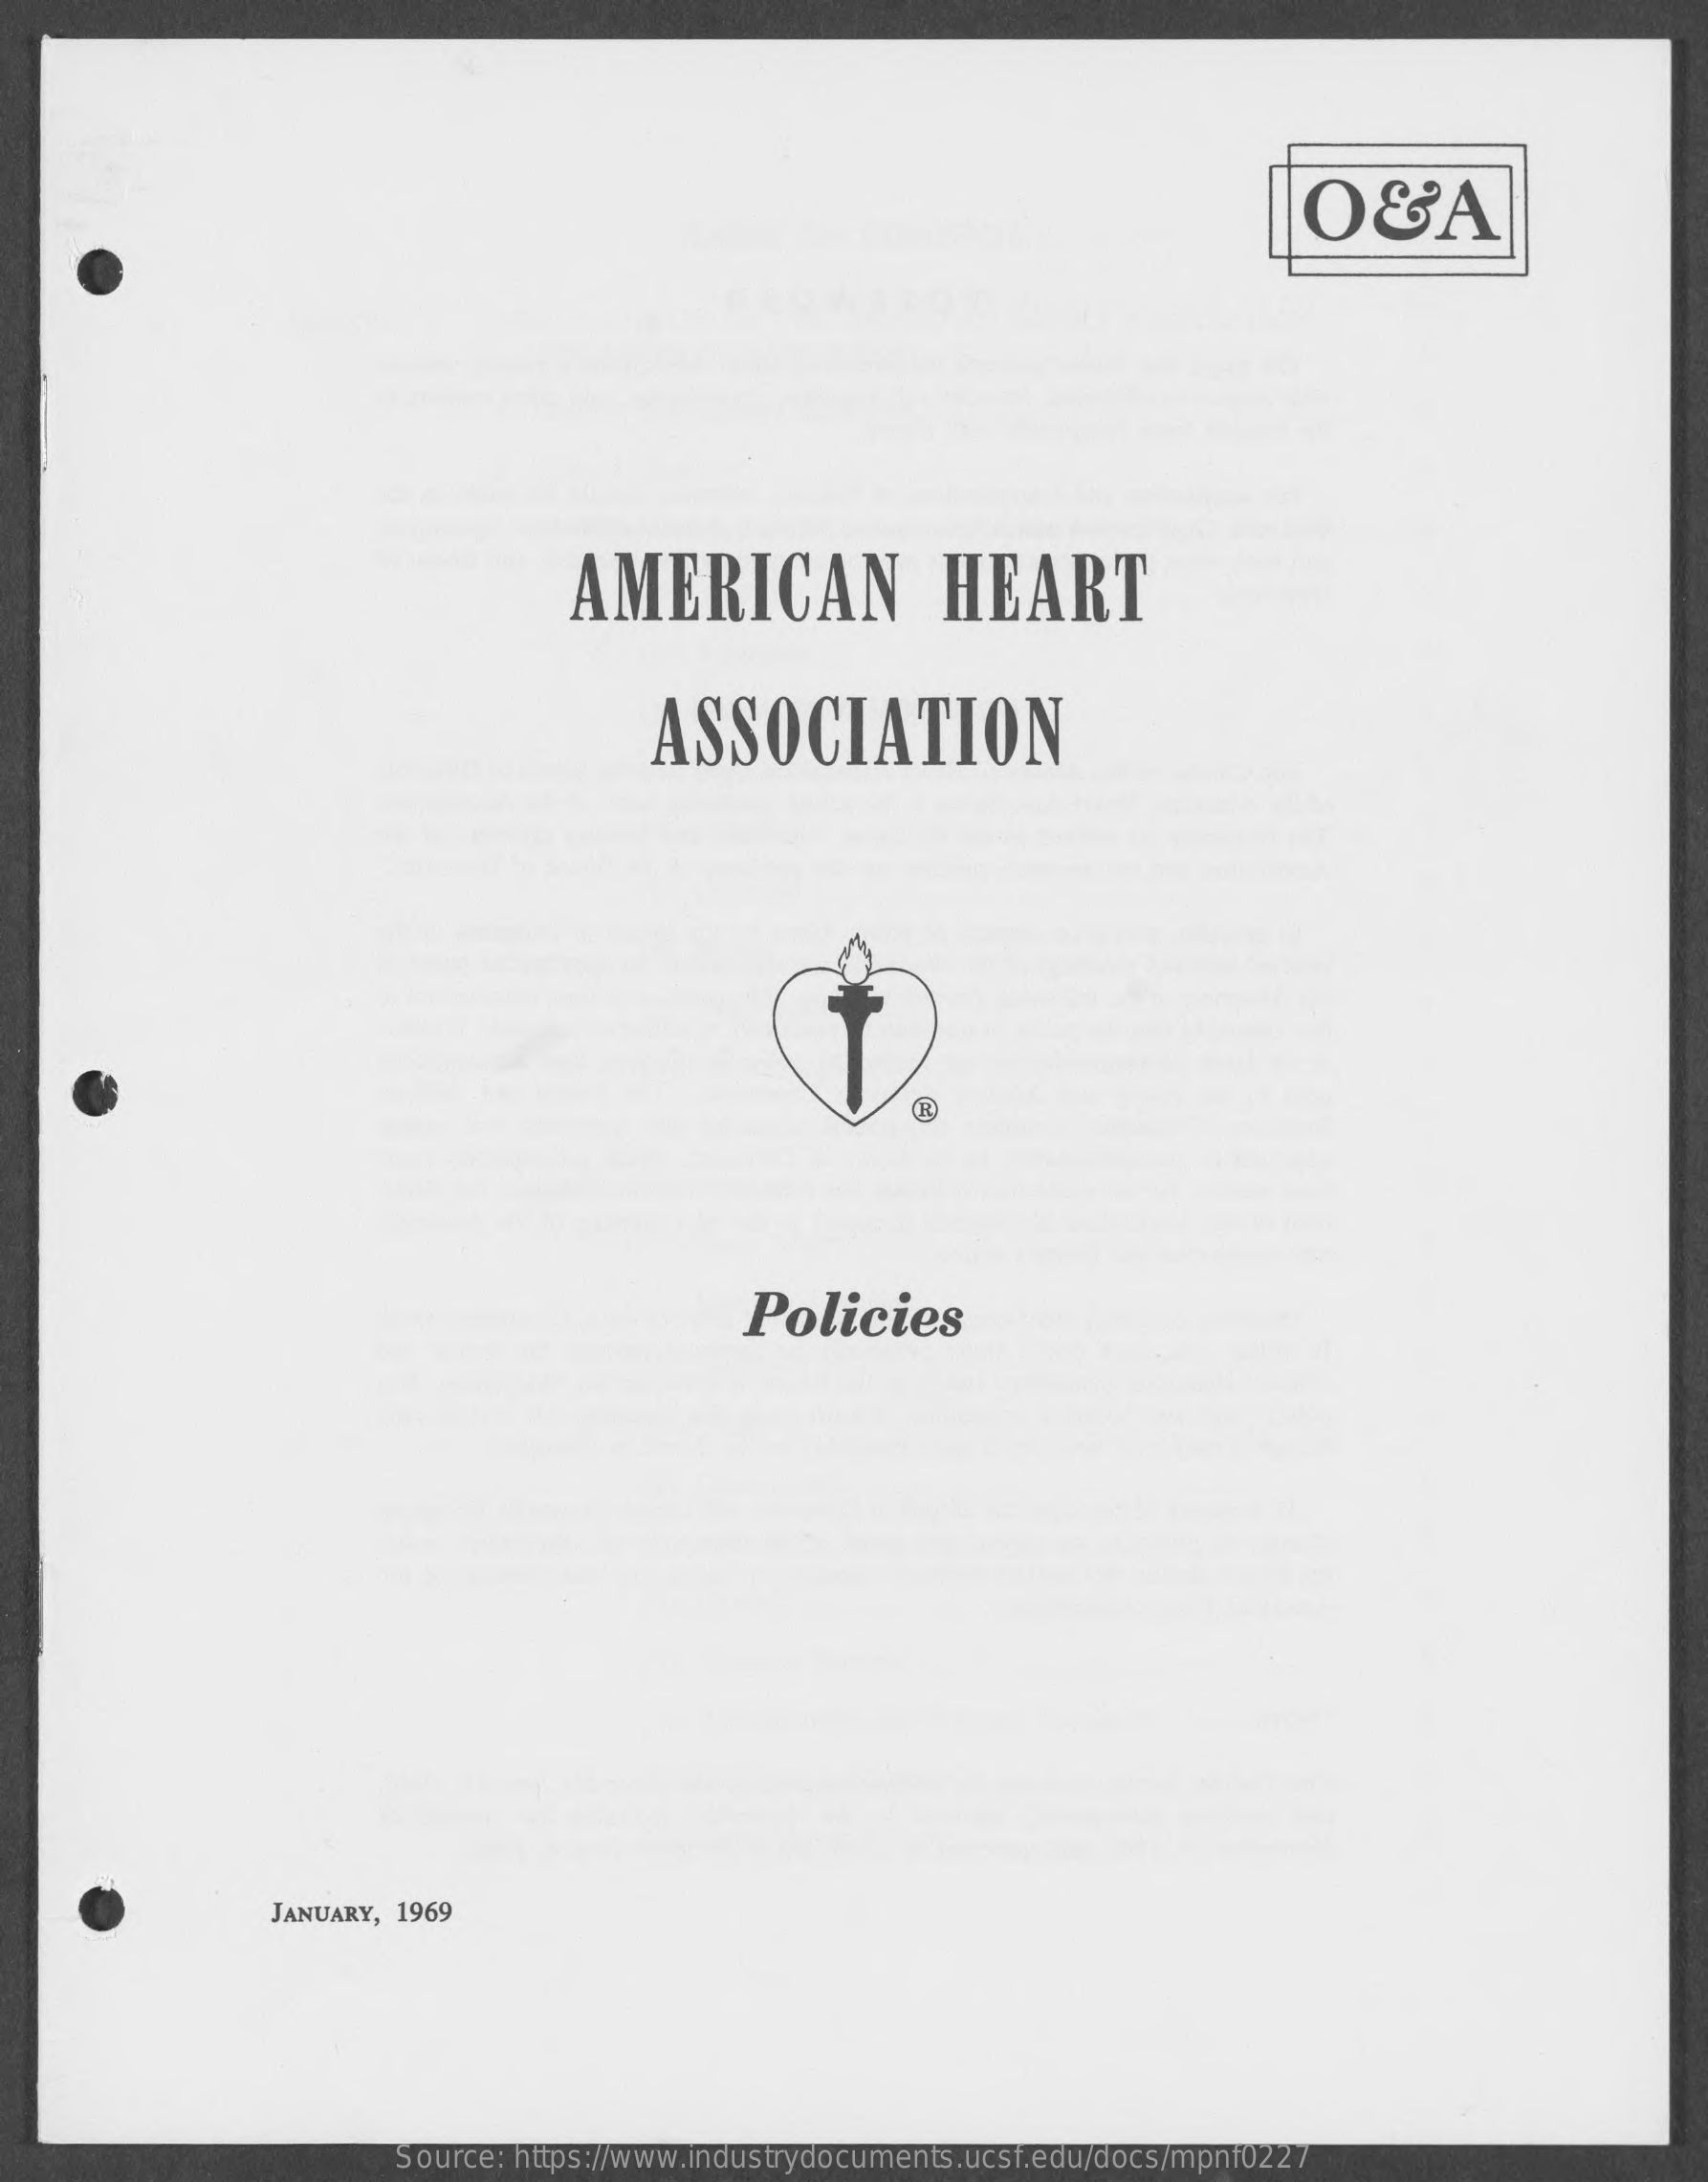
OSA
     AMERICAN    HEART
     ASSOCIATION
     Policies
     JANUARY, 1969
     Source: https://www.industrydocuments.ucsf.edu/docs/mpnf0227